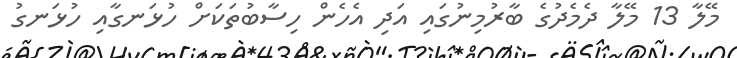
މޭލާ 13 މޭލާ ދެމެދުގެ ބާރުމިނުގައި އަދި އެހެން ހިސާބުތަކަށް ހުޅަނގާއި ހުޅަނގު